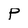
Character: P